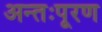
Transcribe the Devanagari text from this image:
अन्तःपूरण